Civil Veterinary Dept. Bombay admin report 1914-1922 - 1914-1922
Year: 1914
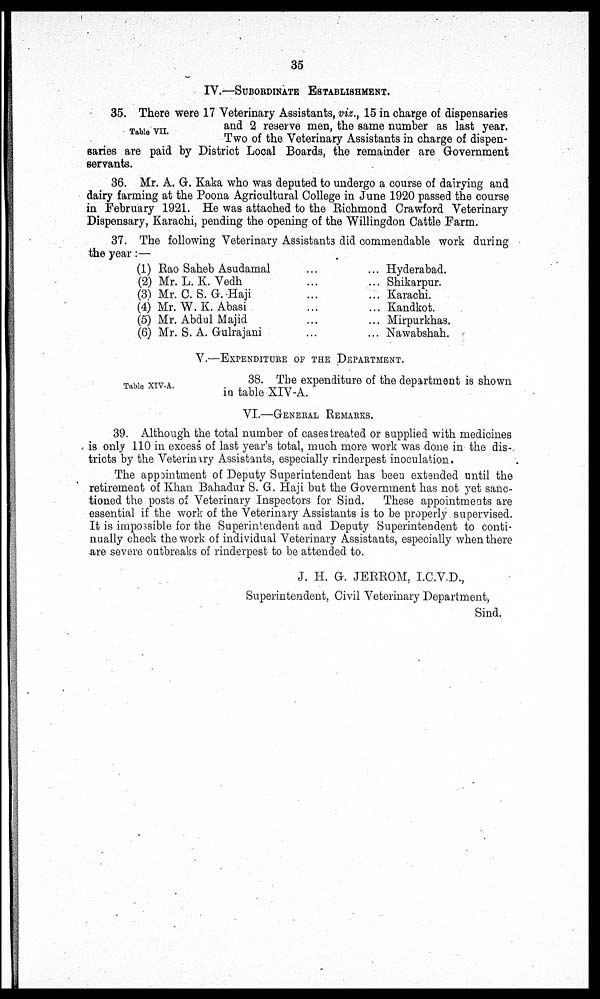
35
IV.—SUBORDINATE ESTABLISHMENT.
Table VII.
35. There were 17 Veterinary Assistants, viz., 15 in charge of dispensaries
and 2 reserve men, the same number as last year.
Two of the Veterinary Assistants in charge of dispen-
saries are paid by District Local Boards, the remainder are Government
servants.
36. Mr. A. G. Kaka who was deputed to undergo a course of dairying and
dairy farming at the Poona Agricultural College in June 1920 passed the course
in February 1921. He was attached to the Richmond Crawford Veterinary
Dispensary, Karachi, pending the opening of the Willingdon Cattle Farm.
37. The following Veterinary Assistants did commendable work during
the year:—
(1) Rao Saheb Asudamal ... ...
(2) Mr. L. K. Vedh ... ...
(3) Mr. C. S. G. Haji ... ...
(4) Mr. W. K. Abasi ... ...
(5) Mr. Abdul Majid ... ...
(6) Mr. S. A. Gulrajani ... ...
Hyderabad.
Shikarpur.
Karachi.
Kandkot.
Mirpurkhas.
Nawabshah.
V.—EXPENDITURE OF THE DEPARTMENT.
Table XIV-A.
38. The expenditure of the department is shown
in table XIV-A.
VI.—GENERAL REMARKS.
39. Although the total number of cases treated or supplied with medicines
is only 110 in excess of last year's total, much more work was done in the dis-
tricts by the Veterinary Assistants, especially rinderpest inoculation.
The appointment of Deputy Superintendent has been extended until the
retirement of Khan Bahadur S. G. Haji but the Government has not yet sanc-
tioned the posts of Veterinary Inspectors for Sind.
These appointments are
essential if the work of the Veterinary Assistants is to be properly supervised.
It is impossible for the Superintendent and Deputy Superintendent to conti-
nually check the work of individual Veterinary Assistants, especially when there
are severe outbreaks of rinderpest to be attended to.
J. H. G. JERROM, I.C.V.D.,
Superintendent, Civil Veterinary Department,
Sind.